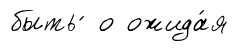
быть ́ о ожида́я